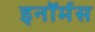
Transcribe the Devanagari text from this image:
इनॉर्मस